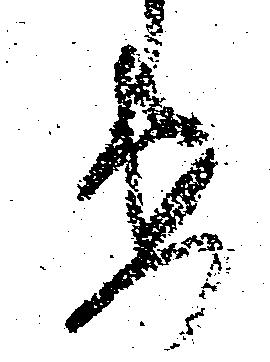
要